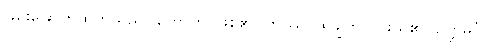
ခြိမ်းခြောက်ထိုက်သည်။ ဟောတိ၊ ဖြစ်၏။ တဿ၊ ထိုချွတ်ယွင်းသူ၏။ ဥတ္တမင်္ဂံပိ၊